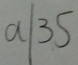
a 1 3 5